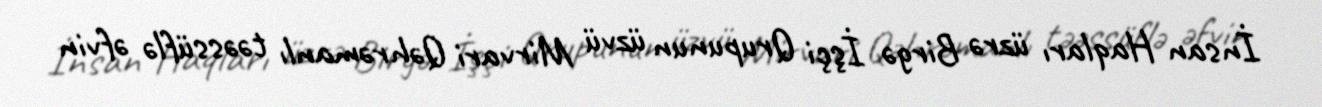
İnsan Haqları üzrə Birgə İşçi Qrupunun üzvü Mirvari Qəhrəmanlı təəssüflə əfvin